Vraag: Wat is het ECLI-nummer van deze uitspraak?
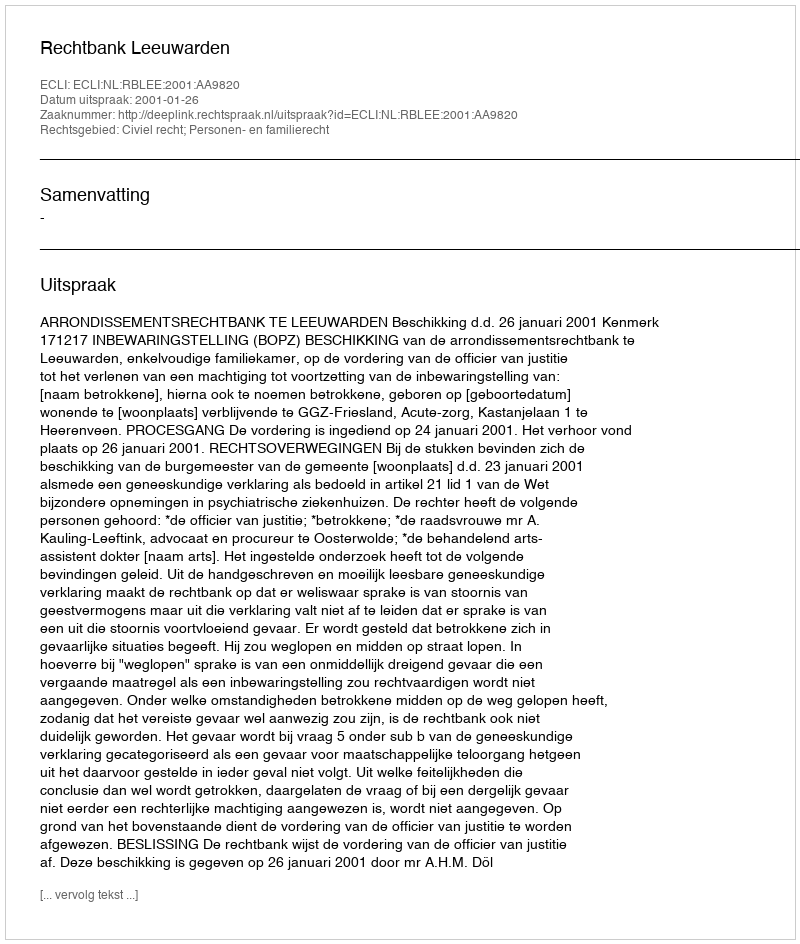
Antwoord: ECLI:NL:RBLEE:2001:AA9820